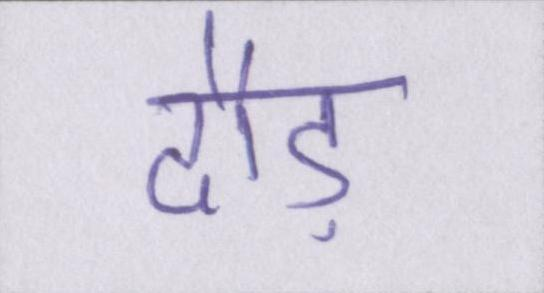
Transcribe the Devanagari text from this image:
दौड़